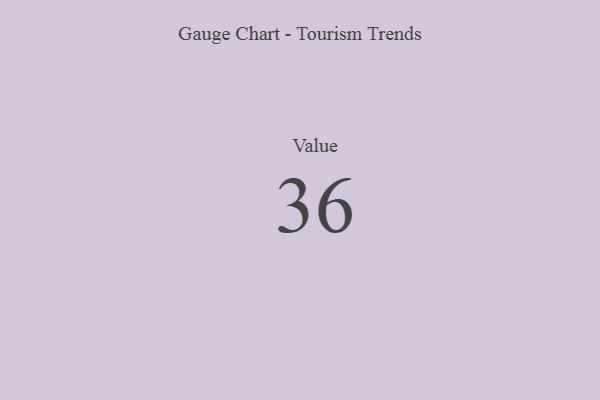
{"axis": {"x": "Metric", "y": "Value"}, "legend": [""], "data": [{"x": "Value", "y": 36, "type": ""}]}